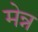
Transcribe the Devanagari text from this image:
मेन्न